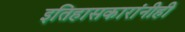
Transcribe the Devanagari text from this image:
इतिहासकारांनीही